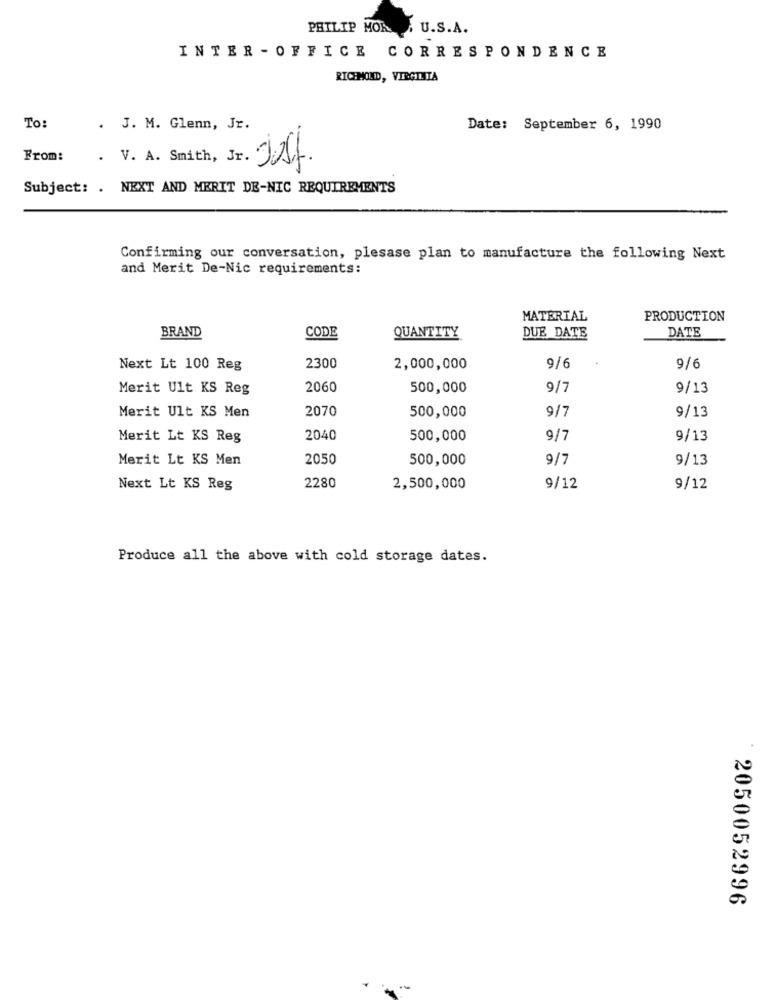
PHILIP MOR . U.S.A.
INTER - OFFICE CORRESPONDENCE
RICHMOND, VIRGINIA
To:
. J. M. Glenn, Jr.
Date: September 6, 1990
From:
. V. A. Smith, Jr. Just.
Subject: . NEXT AND MERIT DE-NIC REQUIREMENTS
Confirming our conversation, plesase plan to manufacture the following Next
and Merit De-Nic requirements:
MATERIAL
PRODUCTION
CODE
DATE
BRAND
QUANTITY
DUE DATE
9/6
9/6
Next Lt 100 Reg
2300
2,000,000
Merit Ult KS Reg
2060
500,000
9/
9/13
2070
9/7
9/13
Merit Ult KS Men
500,000
Merit Lt KS Reg
2040
500,000
9/7
9/13
Merit Lt KS Men
2050
500,000
9/7
9/13
Next Lt KS Reg
2280
2,500,000
9/12
9/12
Produce all the above with cold storage dates.
2050052996